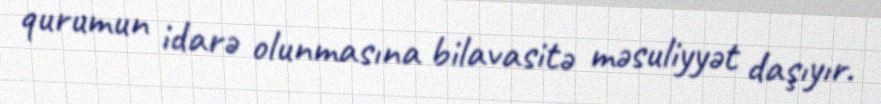
qurumun idarə olunmasına bilavasitə məsuliyyət daşıyır.